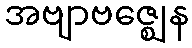
အဗျာဗဇ္ဈေန